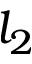
l _ { 2 }